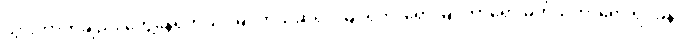
သွားတာကိုချည်း တွေ့နေရတယ်၊ မြင်တယ်ဆိုရင် မြင်ရတာရော မြင်တာရော မှတ်သိတာရော ရိပ်ခနဲ